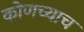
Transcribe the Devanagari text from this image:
कोणच्याच